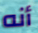
أنه